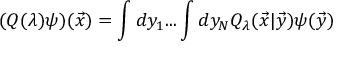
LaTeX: ( Q ( \lambda ) \psi ) ( { \vec { x } } ) = \int d y _ { 1 } . . . \int d y _ { N } { \cal Q } _ { \lambda } ( { \vec { x } } | { \vec { y } } ) \psi ( { \vec { y } } )